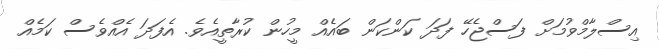
އިސްލާމްވުމަށް ފަސްޖެހޭ ފަދަ ކަންކަން ބައެއް މީހުން ކުރާތީއެވެ. އެފަދަ އެއްވެސް ކަމެއް